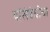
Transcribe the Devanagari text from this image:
यांसंबंधीचा